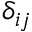
\delta _ { i j }